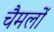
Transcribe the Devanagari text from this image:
चैमलों